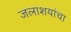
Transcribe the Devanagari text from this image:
जलाशयांचा